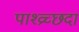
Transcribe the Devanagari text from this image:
पाश्व्रच्छदा